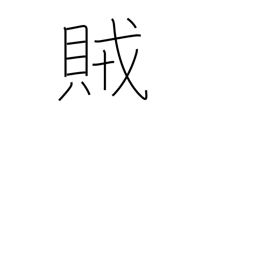
Meaning: rebel